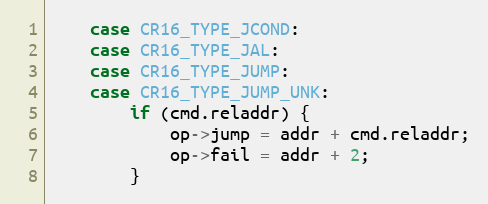
Language: C
	case CR16_TYPE_JCOND:
	case CR16_TYPE_JAL:
	case CR16_TYPE_JUMP:
	case CR16_TYPE_JUMP_UNK:
		if (cmd.reladdr) {
			op->jump = addr + cmd.reladdr;
			op->fail = addr + 2;
		}